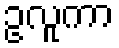
ဥလူကာ